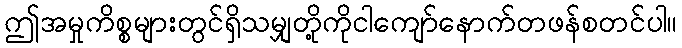
ဤအမှုကိစ္စများတွင်ရှိသမျှတို့ကိုငါကျော်နောက်တဖန်စတင်ပါ။